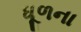
ધૂળના